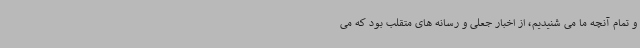
و تمام آنچه ما می شنیدیم، از اخبار جعلی و رسانه های متقلب بود که می